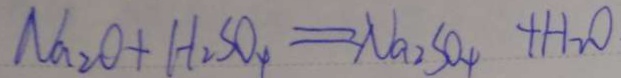
N a _ { 2 } O + H _ { 2 } S O _ { 4 } = N a _ { 2 } S O _ { 4 } + H _ { 2 } O